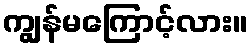
ကျွန်မကြောင့်လား။